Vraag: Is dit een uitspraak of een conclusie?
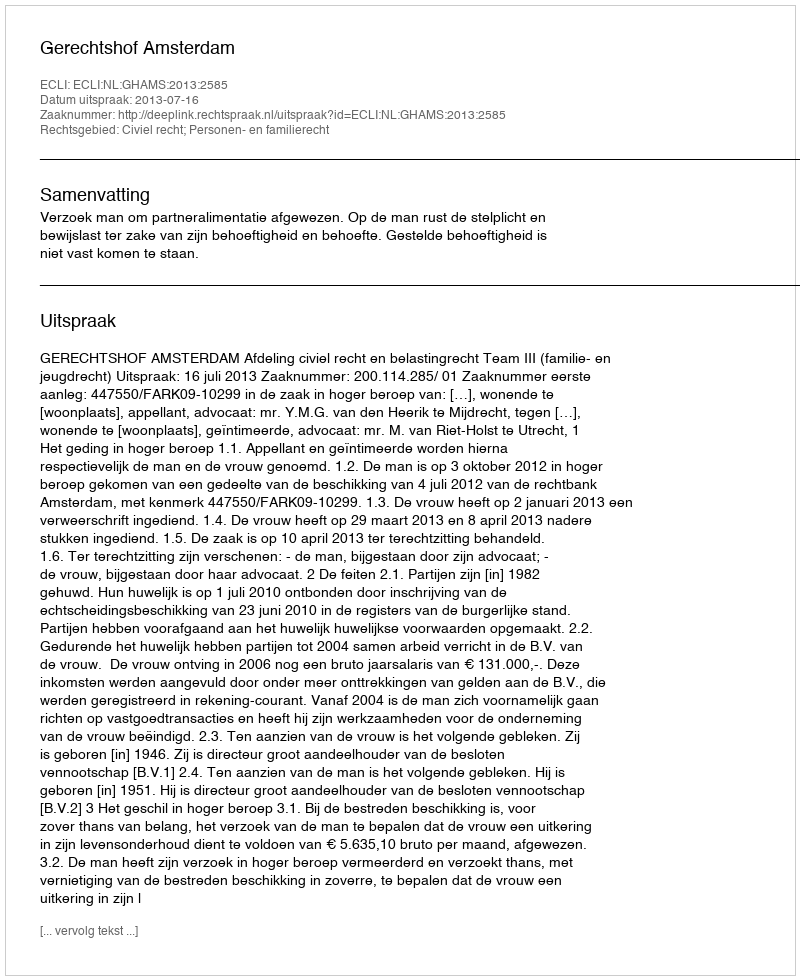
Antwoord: Uitspraak